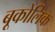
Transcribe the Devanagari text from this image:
बूकोलिक